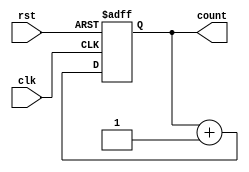
//4-bit counter with asynchronous reset

module counter1 (clk, rst, count);

  input clk, rst;
  output reg [3:0] count;
  
  always @ (posedge clk or posedge rst)
    begin
      if (rst)
       count <= 0;
      else
       count <= count + 1;
    end
 
endmodule